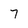
Character: 7